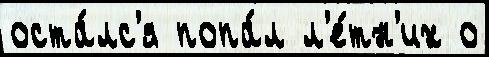
оста́лс'я попа́л л'е́тн'их о